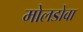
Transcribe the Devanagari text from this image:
मोलडोवा